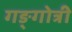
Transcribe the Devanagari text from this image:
गङ्गोत्री